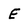
Character: E